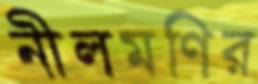
নীলমণির